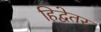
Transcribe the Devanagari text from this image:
हिद्वेतर